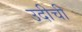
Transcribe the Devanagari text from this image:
उदीची